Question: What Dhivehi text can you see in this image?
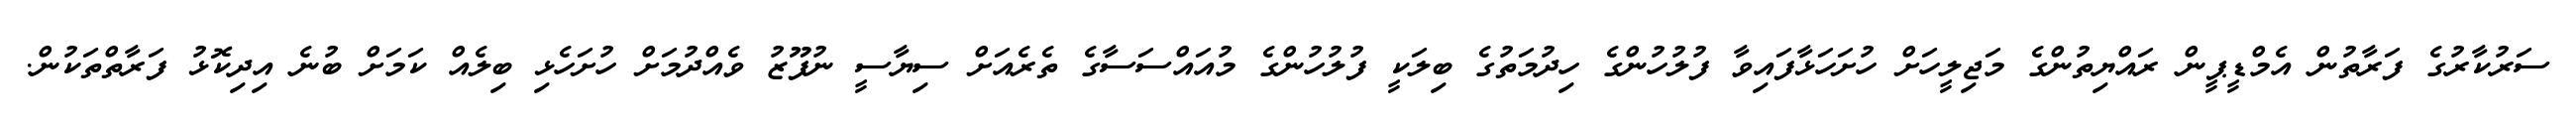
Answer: ސަރުކާރުގެ ފަރާތުން އެމްޑީޕީން ރައްޔިތުންގެ މަޖިލީހަށް ހުށަހަޅާފައިވާ ފުލުހުންގެ ހިދުމަތުގެ ބިލަކީ ފުލުހުންގެ މުއައްސަސާގެ ތެރެއަށް ސިޔާސީ ނުފޫޒު ވެއްދުމަށް ހުށަހެޅި ބިލެއް ކަމަށް ބުނެ އިދިކޮޅު ފަރާތްތަކުން.